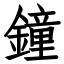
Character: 鐘